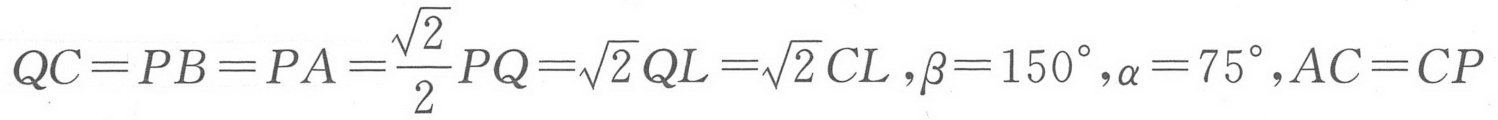
\(QC = PB = PA=\frac{\sqrt{2}}{2}PQ=\sqrt{2}QL=\sqrt{2}CL,\beta = 150^{\circ},\alpha = 75^{\circ},AC = CP\)